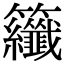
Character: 𮇂